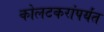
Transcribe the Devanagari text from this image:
कोलटकरांपर्यंत